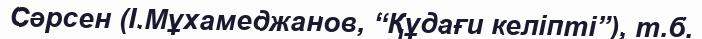
Сәрсен (І.Мұхамеджанов, “Құдағи келіпті”), т.б.